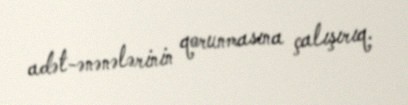
adət-ənənələrinin qorunmasına çalışırıq.